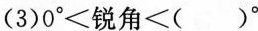
(3)0^{\circ}＜锐角<( )^{\circ}